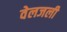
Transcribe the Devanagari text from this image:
वेलजली